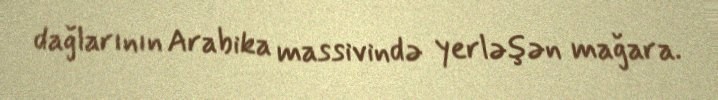
dağlarının Arabika massivində yerləşən mağara.